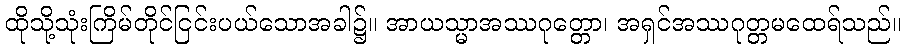
ထိုသို့သုံးကြိမ်တိုင်ငြင်းပယ်သောအခါ၌။ အာယသ္မာအဿဂုတ္တော၊ အရှင်အဿဂုတ္တမထေရ်သည်။